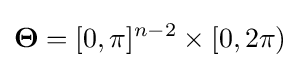
{\boldsymbol {\Theta }}=[0,\pi ]^{n-2}\times [0,2\pi )